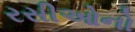
રસીઓનો